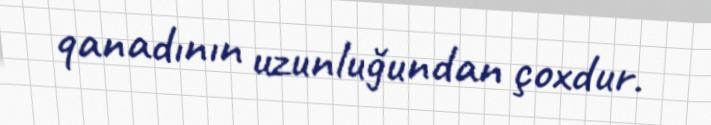
qanadının uzunluğundan çoxdur.